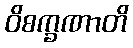
ဝိစက္ခဏာတိ